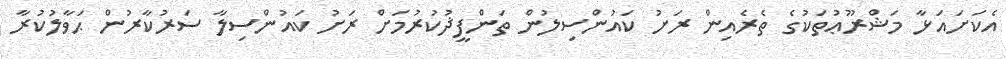
އެކަށައަޅާ މަޝްރޫޢުތަކުގެ ތެރެއިން ރަށު ކައުންސިލުން ތަންފީޛުކުރުމަށް ރަށު ކައުންސިލާ ސަރުކާރުން ޙަވާލުކުރާ